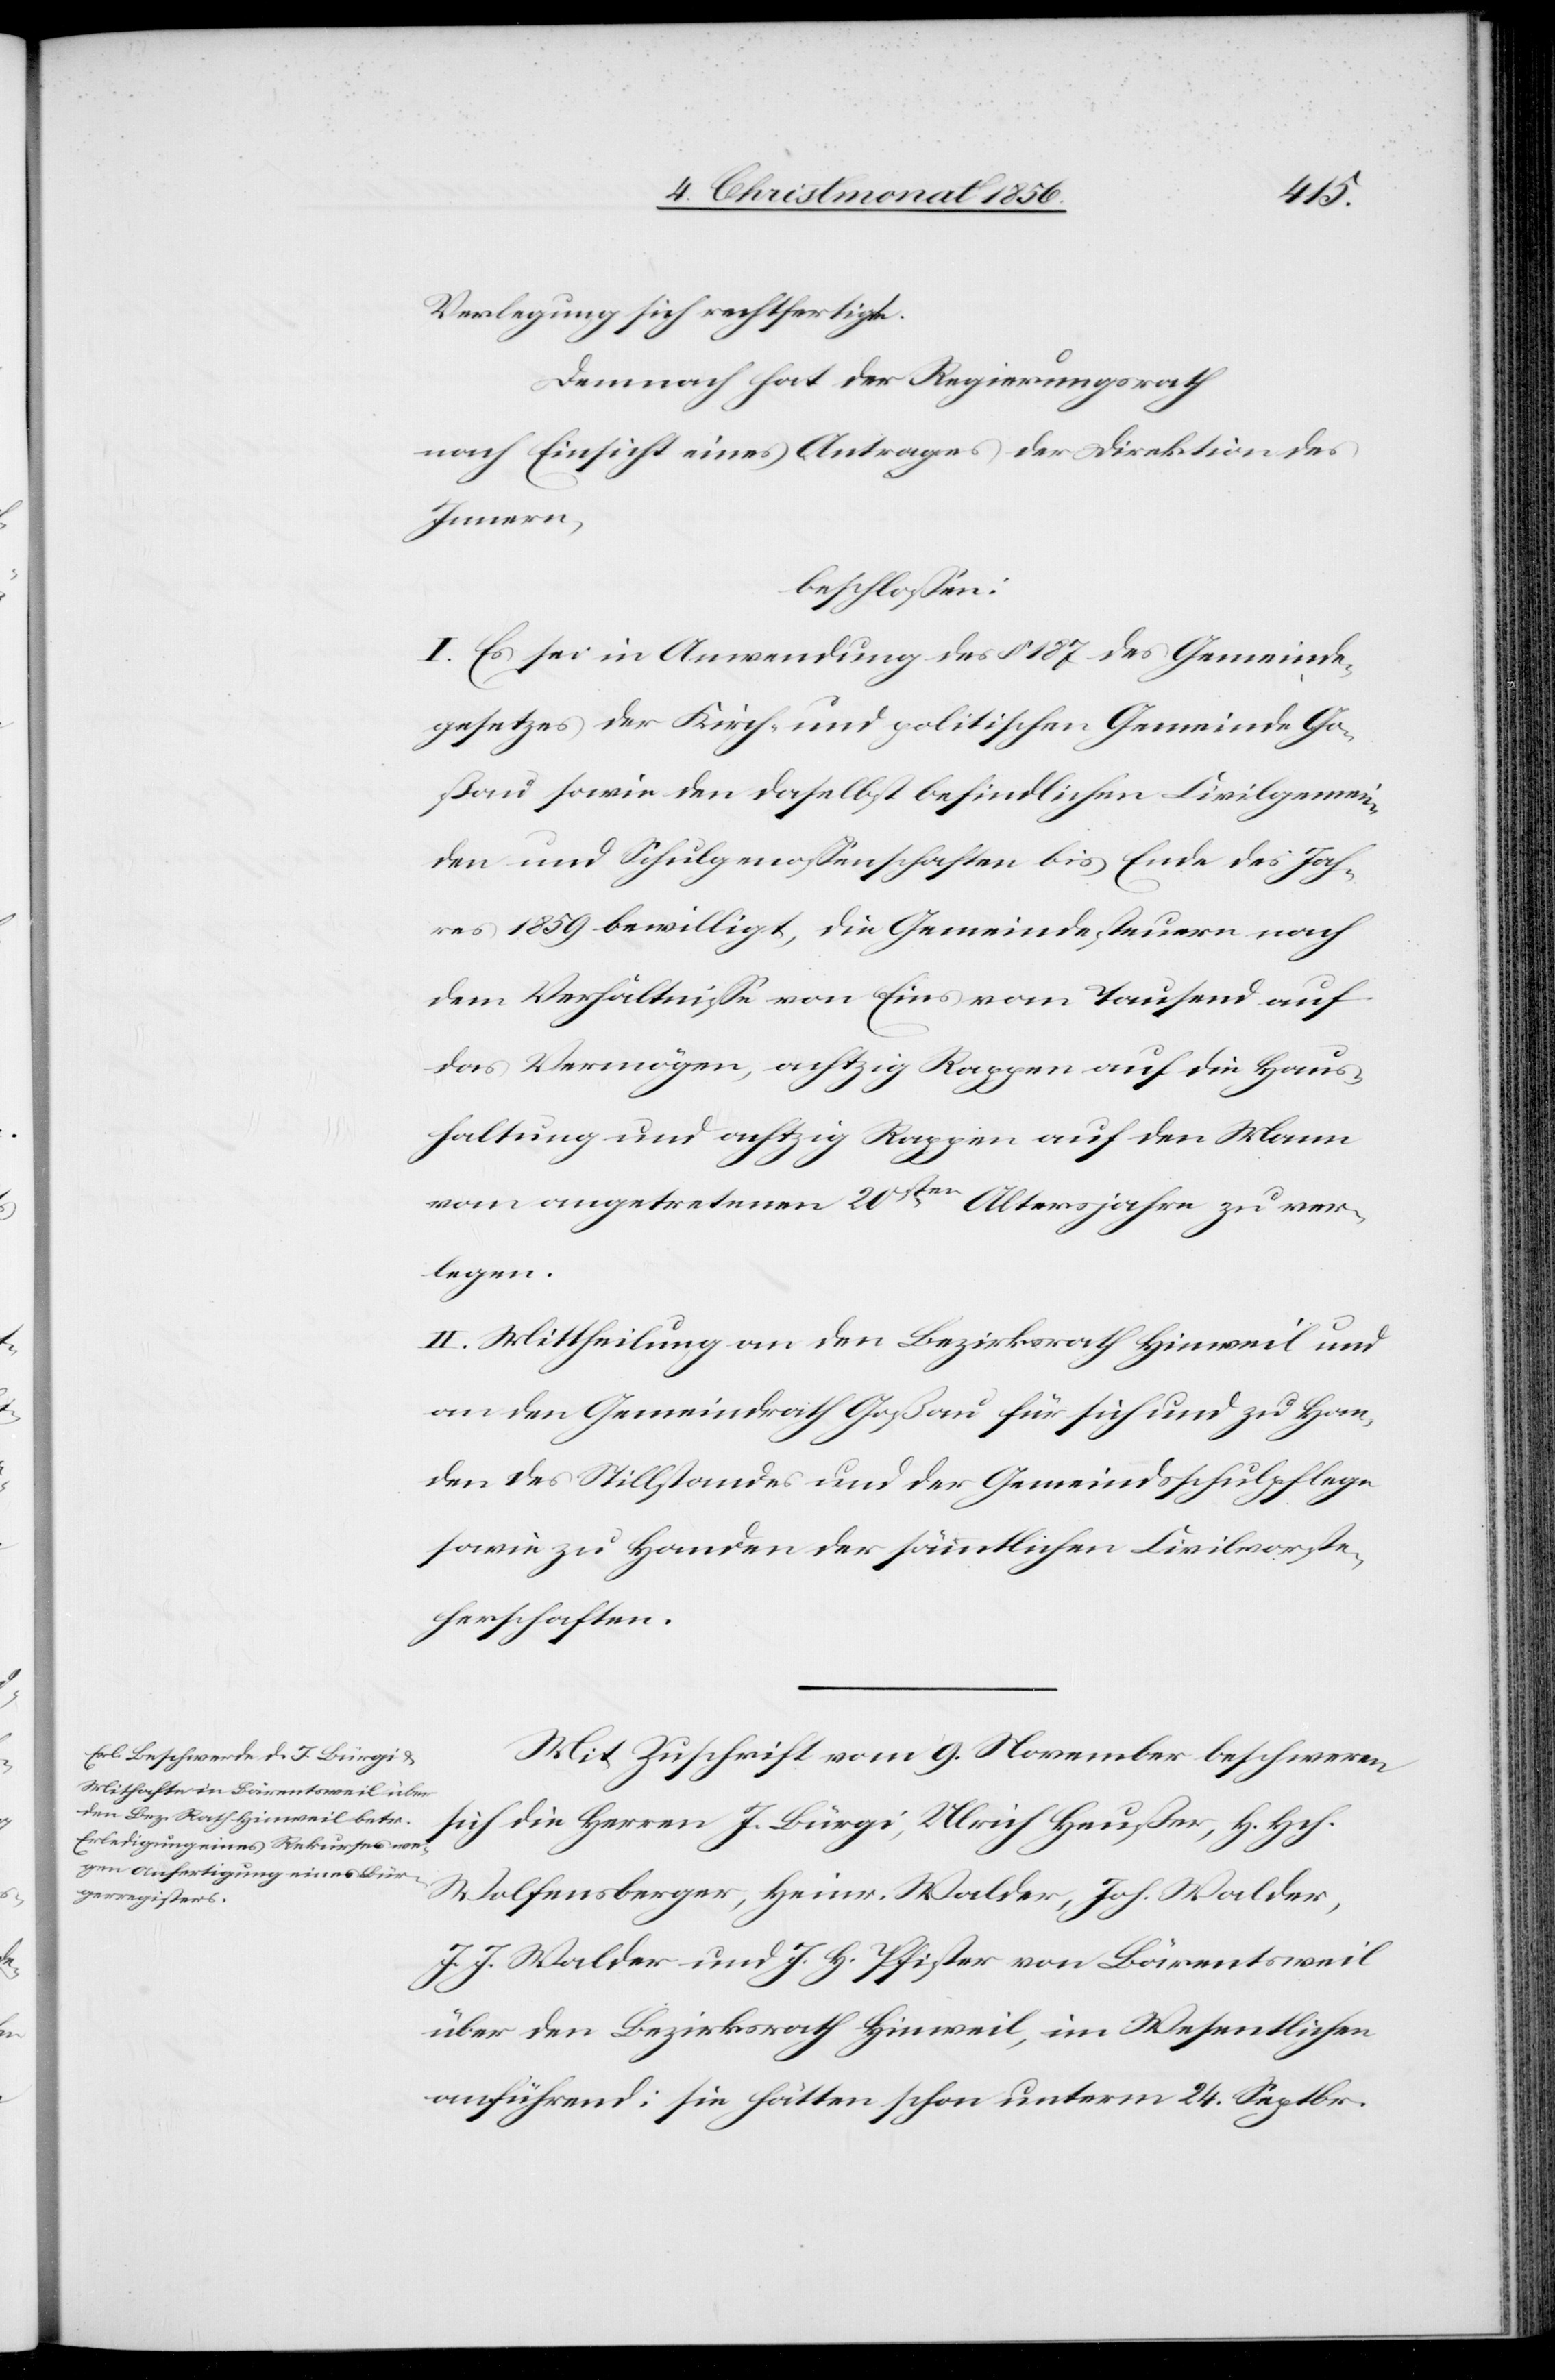
Verlegung sich rechtfertigt.
Demnach hat der Regierungsrath
nach Einsicht eines Antrages der Direktion des
Innern,
beschlossen:
I. Es sei in Anwendung des § 187 des Gemeinde¬
gesetzes der Kirch- und politischen Gemeinde Go¬
ßau sowie den daselbst befindlichen Civilgemein¬
den und Schulgenossenschaften bis Ende des Jah¬
res 1859 bewilligt, die Gemeindesteuern nach
dem Verhältnisse von Eins vom Tausend auf
das Vermögen, achtzig Rappen auf die Haus¬
haltung und achtzig Rappen auf den Mann
vom angetretenen 20sten Altersjahre zu ver¬
legen.
II. Mittheilung an den Bezirksrath Hinweil und
an den Gemeindrath Goßau für sich und zu Han¬
den des Stillstandes und der Gemeindsschulpflege
sowie zu Handen der sämmtlichen Civilvorste¬
herschaften.
Mit Zuschrift vom 9. November beschweren
sich die Herren J. Bürgi, Ulrich Heußer, H. Hch.
Wolfensberger, Heinr. Walder, Joh. Walder,
J. J. Walder und J. H. Pfister von Bärentsweil
über den Bezirksrath Hinweil, im Wesentlichen
anführend: sie hätten schon unterm 24. Septbr.